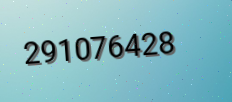
291076428